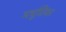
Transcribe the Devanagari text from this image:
मधुशिका